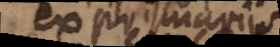
ex primariis